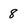
Character: 8